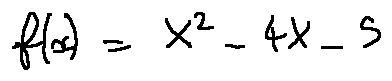
f ( x ) = X ^ { 2 } - 4 X - 5